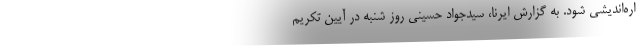
اره‌اندیشی شود. به گزارش ایرنا، سیدجواد حسینی روز شنبه در آیین تکریم